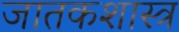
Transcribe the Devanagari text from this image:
जातकशास्त्र